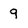
Character: 9